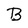
Character: B